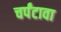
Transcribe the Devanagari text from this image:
चर्पंटावा